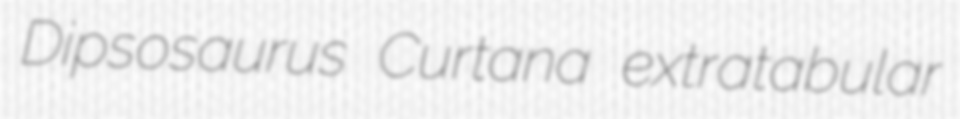
Dipsosaurus Curtana extratabular